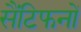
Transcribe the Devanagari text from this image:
सैंटिफनों